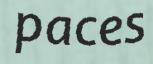
paces